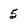
Character: 5